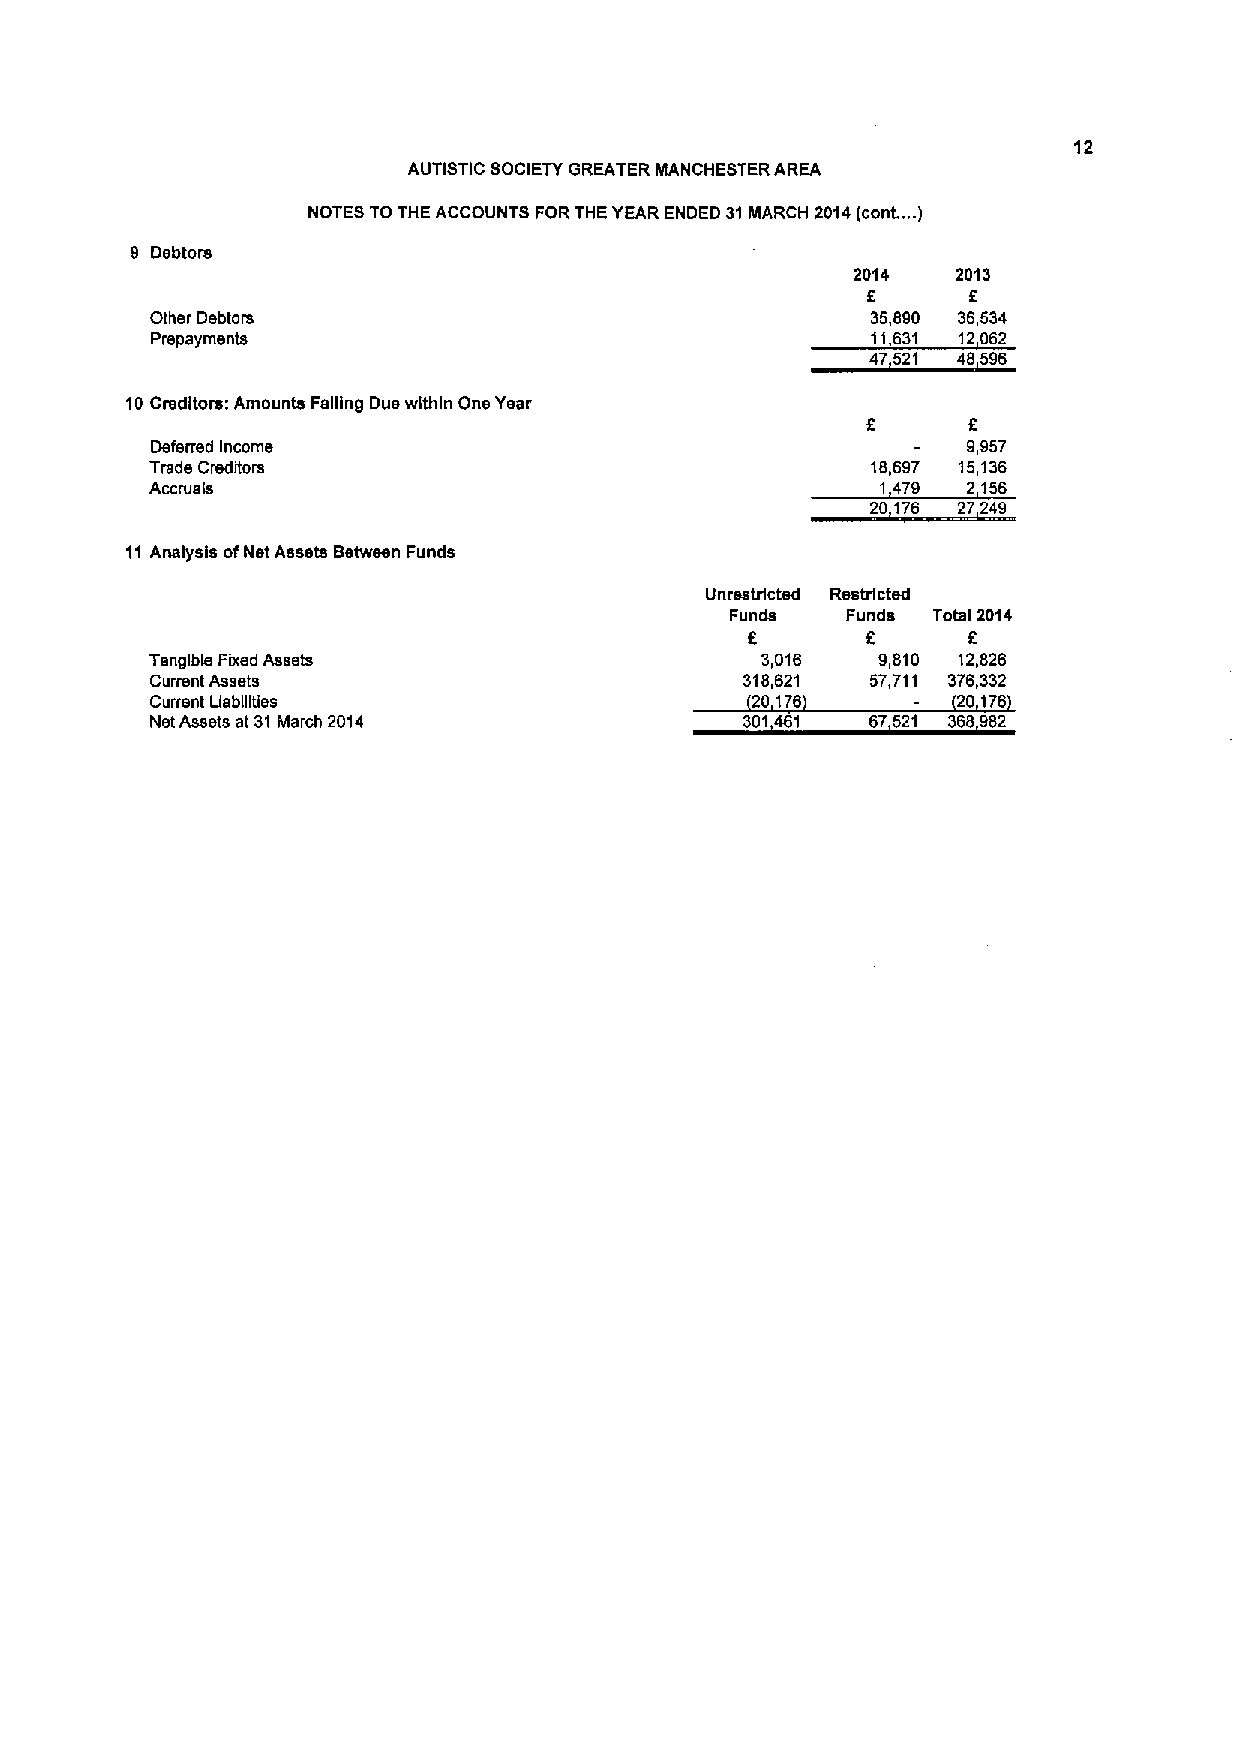
12
 AUTISTIC SOCIETY GREATER MANCHESTER AREA
 NOTES TO THE ACCOUNTS FQRTHE YEAR ENDED 31MARCH
 2014(cont,,,.
 )
 9 Debtors
 2014  2013
 8      8
 Other Debtors                                   35,890 36,534
 Prepayments                                     11631 12062
 47521 48596
 10Creditors: Amounts Felling Due within One Year
 f.
 Deferred Income                                       9,957
 Trade Creditors                                 18,697 15,136
 Accruals                                        1 479 2 156
 20 176 27249
 11Analysis otNet Assets Between Funds
 Unrestricted Restricted
 Funds   Funds Total2014
 5      8      8
 Tangible Fixed Assets                   3,016   9,810 12,826
 Current Assets                         318,621  57,711 376,332
 Current Uabllltles                      20 176       20 176
 Net Assets at 31March 2014             301461   67521 368982